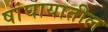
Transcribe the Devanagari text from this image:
षांघायातील